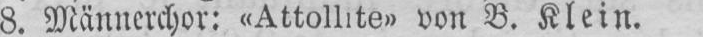
von B. Klein.